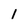
Character: l